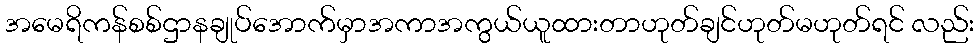
အမေရိကန်စစ်ဌာနချုပ်အောက်မှာအကာအကွယ်ယူထားတာဟုတ်ချင်ဟုတ်မဟုတ်ရင် လည်း